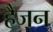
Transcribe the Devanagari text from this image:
हैजन